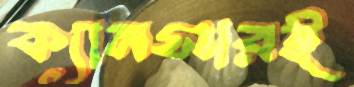
ক্যানসারই